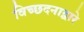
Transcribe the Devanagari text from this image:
विच्छदनाद्वारे